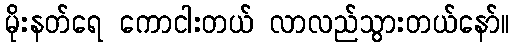
မိုးနတ်ရေ ကောငါးတယ် လာလည်သွားတယ်နော်။